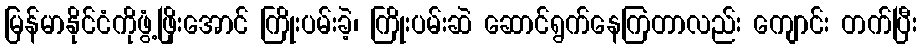
မြန်မာနိုင်ငံကိုဖွံ့ဖြိုးအောင် ကြိုးပမ်းခဲ့၊ ကြိုးပမ်းဆဲ ဆောင်ရွက်နေကြတာလည်း ကျောင်း တက်ပြီး